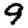
Digit: 9